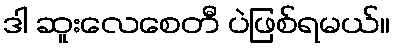
ဒါ ဆူးလေစေတီ ပဲဖြစ်ရမယ်။